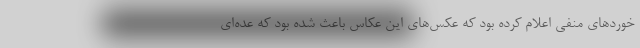
خوردهای منفی اعلام کرده بود که عکس‌های این عکاس باعث شده بود که عده‌ای